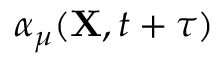
\alpha _ { \mu } ( { \bf X } , t + \tau )